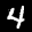
Label: 4